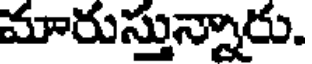
మారుస్తున్నారు.